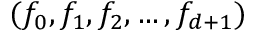
( f _ { 0 } , f _ { 1 } , f _ { 2 } , \ldots , f _ { d + 1 } )